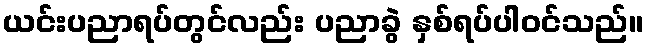
ယင်းပညာရပ်တွင်လည်း ပညာခွဲ နှစ်ရပ်ပါဝင်သည်။